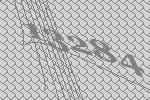
13284